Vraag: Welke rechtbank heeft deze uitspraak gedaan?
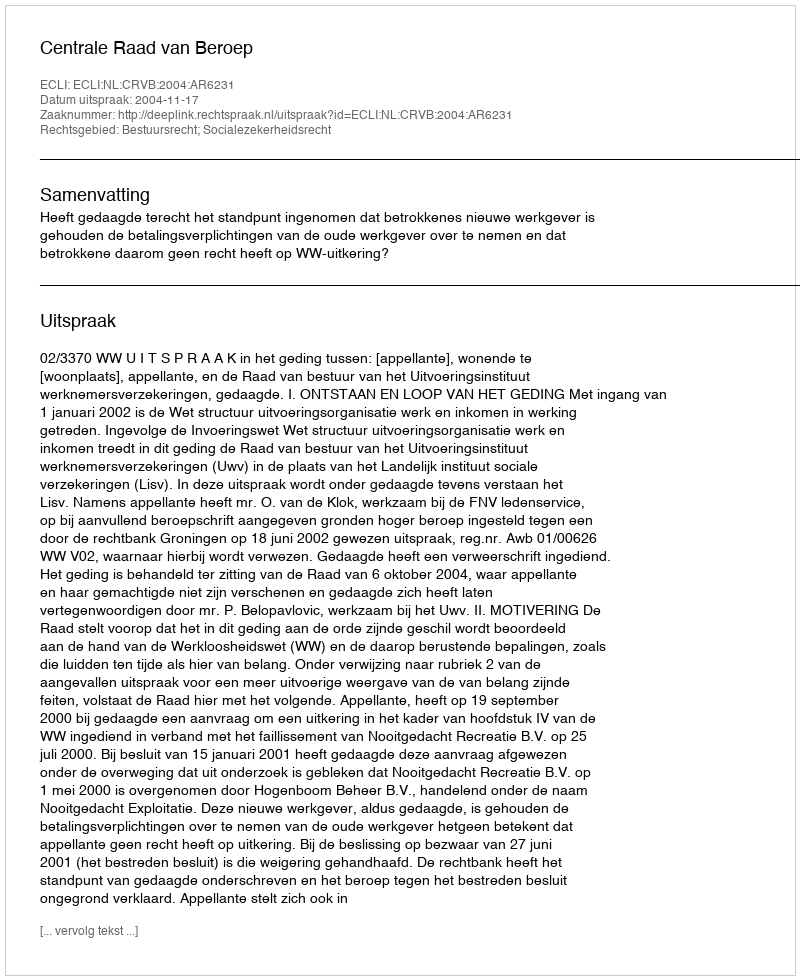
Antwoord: Centrale Raad van Beroep